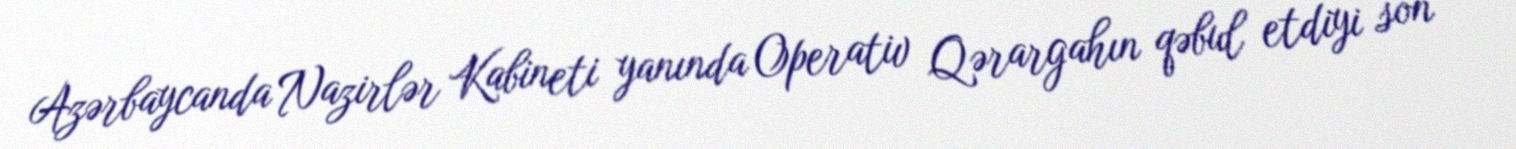
Azərbaycanda Nazirlər Kabineti yanında Operativ Qərargahın qəbul etdiyi son